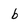
Character: b